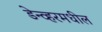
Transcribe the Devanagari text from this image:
डेन्व्हरमधील